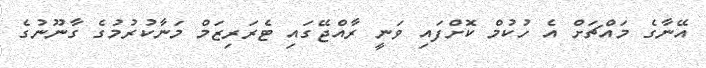
އޭނާގެ މައްޗަށް އެ ހުކުމް ކޮށްފައި ވަނީ ރާއްޖޭގައި ޓެރަރިޒަމް މަނާކުރުމުގެ ގާނޫނުގެ